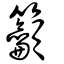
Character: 籲